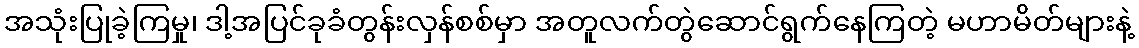
အသုံးပြုခဲ့ကြမှု၊ ဒါ့အပြင်ခုခံတွန်းလှန်စစ်မှာ အတူလက်တွဲဆောင်ရွက်နေကြတဲ့ မဟာမိတ်များနဲ့